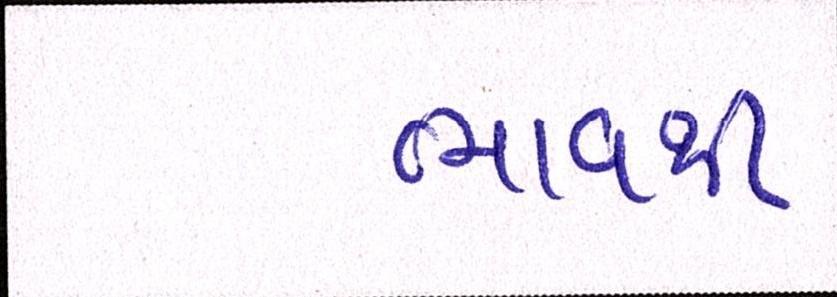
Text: ભાવથી